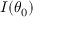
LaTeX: I ( \theta _ { 0 } )